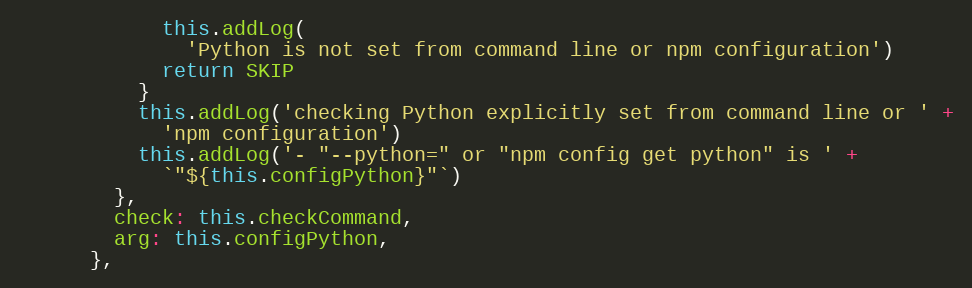
Language: JavaScript
            this.addLog(
              'Python is not set from command line or npm configuration')
            return SKIP
          }
          this.addLog('checking Python explicitly set from command line or ' +
            'npm configuration')
          this.addLog('- "--python=" or "npm config get python" is ' +
            `"${this.configPython}"`)
        },
        check: this.checkCommand,
        arg: this.configPython,
      },